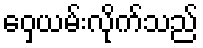
ဝှေ့ယမ်းလိုက်သည်